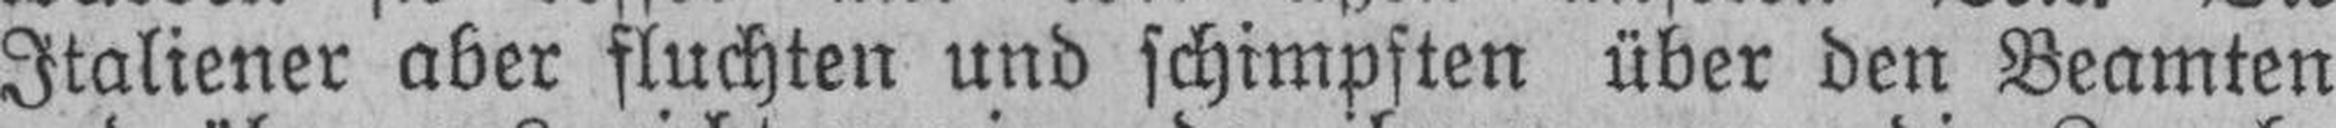
Italiener aber fluchten und schimpften über den Beamten